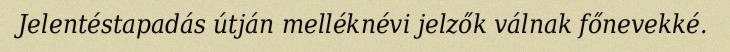
Jelentéstapadás útján melléknévi jelzők válnak főnevekké.